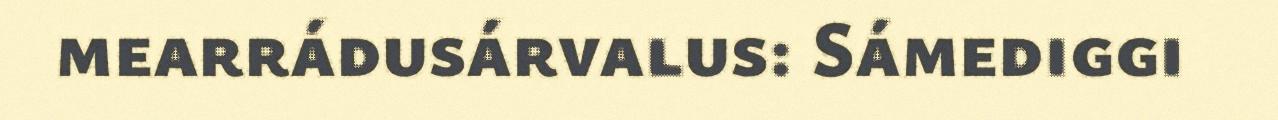
mearrádusárvalus: Sámediggi